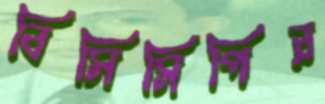
বিসিসিপির